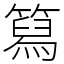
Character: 䉣